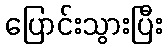
ပြောင်းသွားပြီး